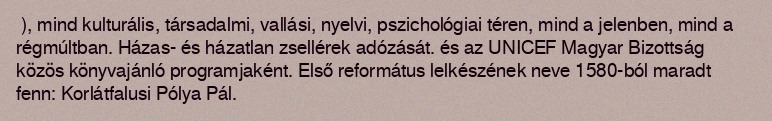
), mind kulturális, társadalmi, vallási, nyelvi, pszichológiai téren, mind a jelenben, mind a régmúltban. Házas- és házatlan zsellérek adózását. és az UNICEF Magyar Bizottság közös könyvajánló programjaként. Első református lelkészének neve 1580-ból maradt fenn: Korlátfalusi Pólya Pál.